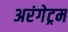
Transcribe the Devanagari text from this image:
अरंगेट्रम